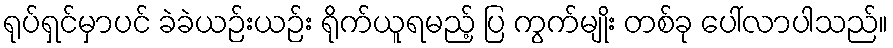
ရုပ်ရှင်မှာပင် ခဲခဲယဉ်းယဉ်း ရိုက်ယူရမည့် ပြ ကွက်မျိုး တစ်ခု ပေါ်လာပါသည်။